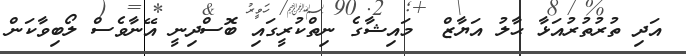
އަދި ތުރުތުރުއަޅާ ޙާލު އަޔާޒް  މައިޝާގެ ނިތްކުރީގައި ބޮސްދިނީ އޭނާވެސް ލޯބިވާކަން